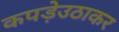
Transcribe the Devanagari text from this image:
कपड़ेउठाकर